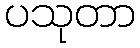
ပသုတာ